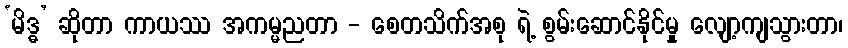
‘မိဒ္ဓ’ ဆိုတာ ကာယဿ အကမ္မညတာ - စေတသိက်အစု ရဲ့ စွမ်းဆောင်နိုင်မှု လျော့ကျသွားတာ၊